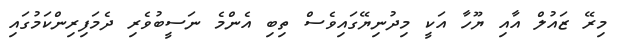
މިރޭ ޒައުލް އާއި ޔޫހާ އަކީ މިދުނިޔޭގައިވެސް ތިބި އެންމެ ނަސީބުވެރި ދެމަފިރިންކަމުގައި